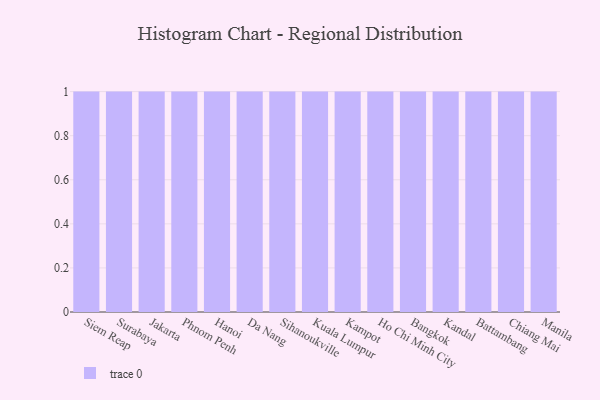
{"axis": {"x": "City", "y": "Shipments"}, "legend": [""], "data": [{"x": "Siem Reap", "y": 78, "type": ""}, {"x": "Surabaya", "y": 74, "type": ""}, {"x": "Jakarta", "y": 21, "type": ""}, {"x": "Phnom Penh", "y": 8, "type": ""}, {"x": "Hanoi", "y": 26, "type": ""}, {"x": "Da Nang", "y": 96, "type": ""}, {"x": "Sihanoukville", "y": 92, "type": ""}, {"x": "Kuala Lumpur", "y": 70, "type": ""}, {"x": "Kampot", "y": 43, "type": ""}, {"x": "Ho Chi Minh City", "y": 28, "type": ""}, {"x": "Bangkok", "y": 24, "type": ""}, {"x": "Kandal", "y": 77, "type": ""}, {"x": "Battambang", "y": 77, "type": ""}, {"x": "Chiang Mai", "y": 40, "type": ""}, {"x": "Manila", "y": 86, "type": ""}]}